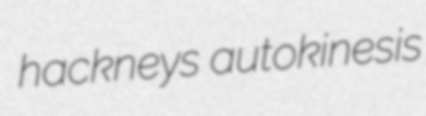
hackneys autokinesis